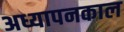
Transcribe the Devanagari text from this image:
अध्यापनकाल